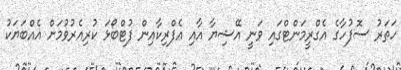
ހަތަރު ސޮފުހާގެ އެގްރީމަންޓްގައި ވަނީ އޭޝިޔާ އާއި އެފްރިކާއިން ފުޓްބޯޅަ ކުރިއެރުވުމަށް އެއްބަޔަކު